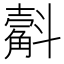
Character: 𣂍